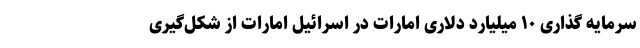
سرمایه گذاری ۱۰ میلیارد دلاری امارات در اسرائیل امارات از شکل‌گیری